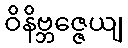
ဝိနိဗ္ဘဇ္ဇေယျ